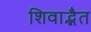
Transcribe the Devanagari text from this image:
शिवाद्भैत